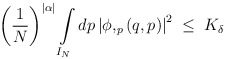
\begin{align*}\left( \frac 1 N\right)^{|\alpha|} \int\limits_{I_N} dp \left| \phi,_p \left( q, p\right)\right|^2\;\leq\; K_\delta\end{align*}